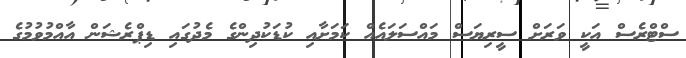
ސްޓްރެސް އަކީ ވަރަށް ސީރިޔަސް މައްސަލައެއް ކަމަށާއި ކުޑަކުދިންގެ މެދުގައި ޑިޕްރެޝަން އާއްމުވުމުގެ